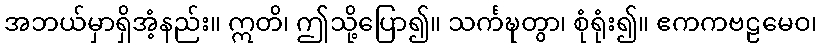
အဘယ်မှာရှိအံ့နည်း။ ဣတိ၊ ဤသို့ပြော၍။ သင်္ကဍ္ဎတွာ၊ စုံရုံး၍။ ဧကကဗဠမေဝ၊